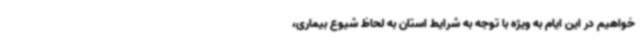
خواهیم در این ایام به ویژه با توجه به شرایط استان به لحاظ شیوع بیماری،